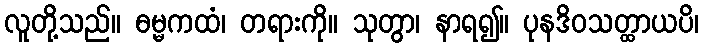
လူတို့သည်။ ဓမ္မကထံ၊ တရားကို။ သုတွာ၊ နာရ၍။ ပုနဒိဝသတ္ထာယပိ၊